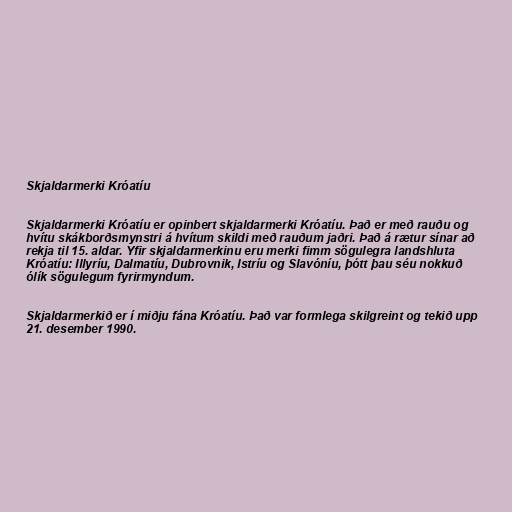
Skjaldarmerki Króatíu

Skjaldarmerki Króatíu er opinbert skjaldarmerki Króatíu. Það er með rauðu og
hvítu skákborðsmynstri á hvítum skildi með rauðum jaðri. Það á rætur sínar að
rekja til 15. aldar. Yfir skjaldarmerkinu eru merki fimm sögulegra landshluta
Króatíu: Illyríu, Dalmatíu, Dubrovnik, Istríu og Slavóníu, þótt þau séu nokkuð
ólík sögulegum fyrirmyndum.

Skjaldarmerkið er í miðju fána Króatíu. Það var formlega skilgreint og tekið upp
21. desember 1990.